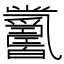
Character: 𤕋